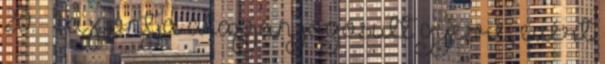
20. § 1 a pontja alapján jogosult gyesre, ezért